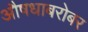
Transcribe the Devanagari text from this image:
औषधाबरोबर